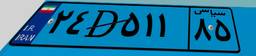
۵۰D۲۸۴۸۷